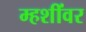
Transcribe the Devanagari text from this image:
म्हशींवर